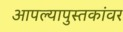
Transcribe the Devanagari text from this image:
आपल्यापुस्तकांवर